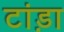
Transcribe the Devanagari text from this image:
टांड़ा